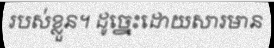
របស់ខ្លួន។ ដូច្នេះដោយសារមាន